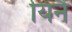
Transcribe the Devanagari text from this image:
यिनै